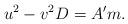
LaTeX: \begin{align*}u^2-v^2D=A^\prime m.\end{align*}